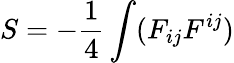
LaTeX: S=-\frac 14\int(F_{ij}F^{ij})